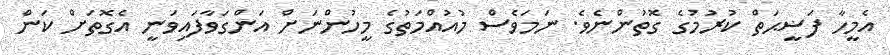
އެމީހާ ފަޟީޙަތް ކުރުމުގެ ގޮތުންނެވެ. ނަމަވެސް މުއުއްމަތުގެ މީހުންނަށް އަންގަވާފައިވަނީ އެގޮތަށް ކަން